Treatise on elephants
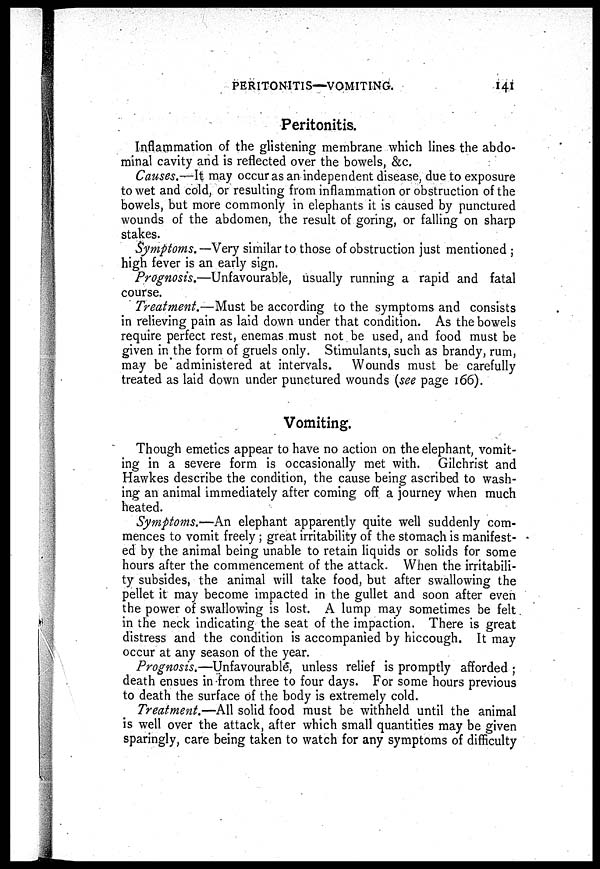
PERITONITIS—VOMITING.
141
Peritonitis.
Inflammation of the glistening membrane which lines the abdo-
minal cavity and is reflected over the bowels, &c.
Causes.—It may occur as an independent disease, due to exposure
to wet and cold, or resulting from inflammation or obstruction of the
bowels, but more commonly in elephants it is caused by punctured
wounds of the abdomen, the result of goring, or falling on sharp
stakes.
Symptoms. —Very similar to those of obstruction just mentioned ;
high fever is an early sign.
Prognosis.—Unfavourable, usually running a rapid and fatal
course.
Treatment.—Must be according to the symptoms and consists
in relieving pain as laid down under that condition. As the bowels
require perfect rest, enemas must not be used, and food must be
given in the form of gruels only. Stimulants, such as brandy, rum,
may be administered at intervals. Wounds must be carefully
treated as laid down under punctured wounds (see page 166).
Vomiting.
Though emetics appear to have no action on the elephant, vomit-
ing in a severe form is occasionally met with. Gilchrist and
Hawkes describe the condition, the cause being ascribed to wash-
ing an animal immediately after coming off a journey when much
heated.
Symptoms.—An elephant apparently quite well suddenly com-
mences to vomit freely ; great irritability of the stomach is manifest-
ed by the animal being unable to retain liquids or solids for some
hours after the commencement of the attack. When the irritabili-
ty subsides, the animal will take food, but after swallowing the
pellet it may become impacted in the gullet and soon after even
the power of swallowing is lost. A lump may sometimes be felt
in the neck indicating the seat of the impaction. There is great
distress and the condition is accompanied by hiccough. It may
occur at any season of the year.
Prognosis.—Unfavourable", unless relief is promptly afforded ;
death ensues in from three to four days. For some hours previous
to death the surface of the body is extremely cold.
Treatment.—All solid food must be withheld until the animal
is well over the attack, after which small quantities may be given
sparingly, care being taken to watch for any symptoms of difficulty